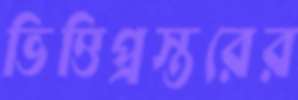
ভিত্তিপ্রস্তরের